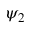
\psi _ { 2 }